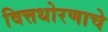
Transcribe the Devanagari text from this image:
वित्तधोरणाचे